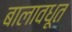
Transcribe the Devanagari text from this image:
बालावधूत